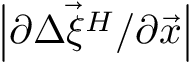
\left| \partial \vec { \Delta \xi ^ { H } } / \partial \vec { x } \right|